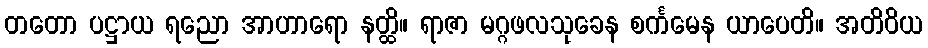
တတော ပဋ္ဌာယ ရညော အာဟာရော နတ္ထိ။ ရာဇာ မဂ္ဂဖလသုခေန စင်္ကမေန ယာပေတိ။ အတိဝိယ